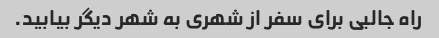
راه جالبی برای سفر از شهری به شهر دیگر بیابید.